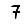
Digit: 7